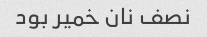
نصف نان خمیر بود